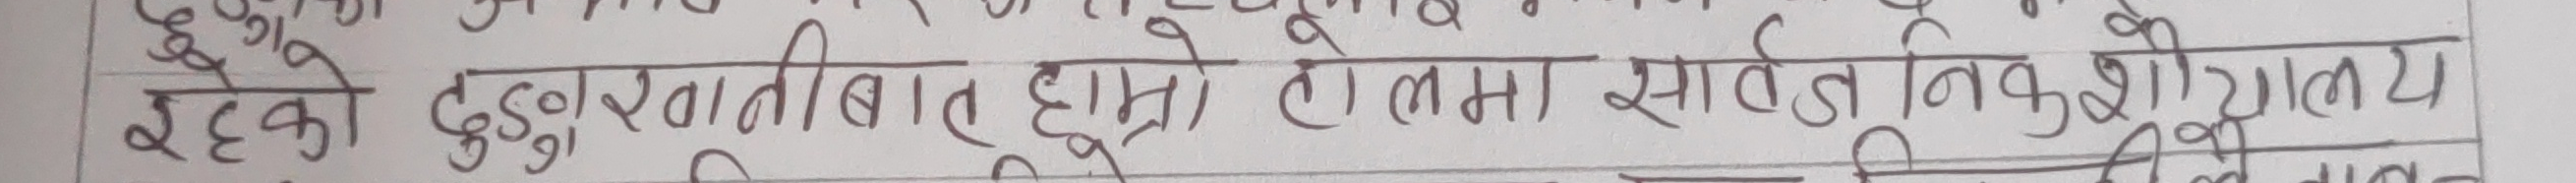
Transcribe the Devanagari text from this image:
रहेको दुईगुणातीबाट दूगुलो तलमा साँवती विकशीयाल